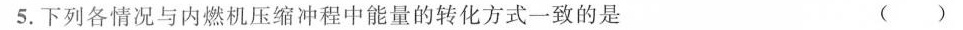
5.下列各情况与内燃机压缩冲程中能量的转化方式一致的是 ( )